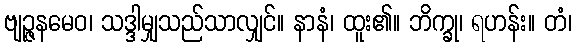
ဗျဉ္ဇနမေဝ၊ သဒ္ဒါမျှသည်သာလျှင်။ နာနံ၊ ထူး၏။ ဘိက္ခု၊ ရဟန်း။ တံ၊